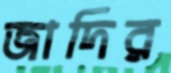
জাদির